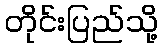
တိုင်းပြည်သို့